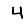
Digit: 4